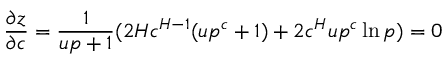
\frac { \partial { z } } { \partial c } = \frac { 1 } { u p + 1 } ( 2 H c ^ { H - 1 } ( u p ^ { c } + 1 ) + 2 c ^ { H } u p ^ { c } \ln p ) = 0